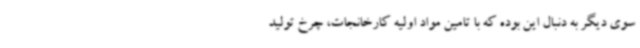
سوی دیگر به دنبال این بوده که با تامین مواد اولیه کارخانجات، چرخ تولید